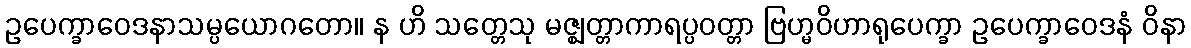
ဥပေက္ခာဝေဒနာသမ္ပယောဂတော။ န ဟိ သတ္တေသု မဇ္ဈတ္တာကာရပ္ပဝတ္တာ ဗြဟ္မဝိဟာရုပေက္ခာ ဥပေက္ခာဝေဒနံ ဝိနာ